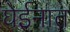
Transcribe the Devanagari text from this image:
घेईनात